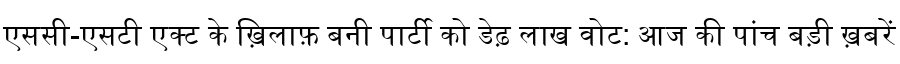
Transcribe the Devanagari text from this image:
एससी-एसटी एक्ट के ख़िलाफ़ बनी पार्टी को डेढ़ लाख वोट: आज की पांच बड़ी ख़बरें